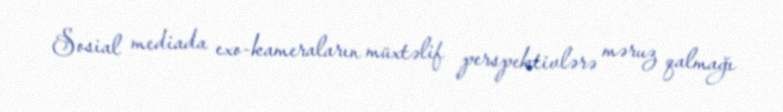
Sosial mediada exo-kameraların müxtəlif perspektivlərə məruz qalmağı